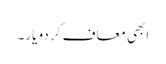
ابھی معاف کر دو یار۔